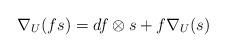
LaTeX: \begin{align*}\nabla_U(fs) = df \otimes s + f\nabla_U(s)\end{align*}